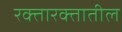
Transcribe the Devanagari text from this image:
रक्तारक्तातील